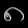
Digit: ၈